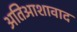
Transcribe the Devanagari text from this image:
अतिआशावाद